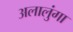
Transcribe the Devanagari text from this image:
अलालुंगा